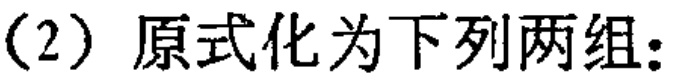
(2) 原式化为下列两组: